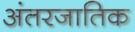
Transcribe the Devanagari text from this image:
अंतरजातिक